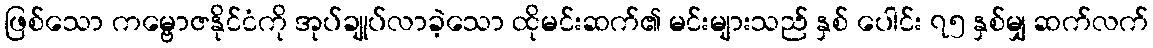
ဖြစ်သော ကမ္ဗောဇနိုင်ငံကို အုပ်ချုပ်လာခဲ့သော ထိုမင်းဆက်၏ မင်းများသည် နှစ် ပေါင်း ၇၅ နှစ်မျှ ဆက်လက်